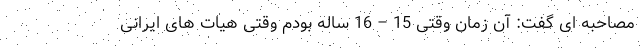
مصاحبه ای گفت: آن زمان وقتی 15 – 16 ساله بودم وقتی هیات‌ های ایرانی